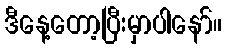
ဒီနေ့တော့ပြီးမှာပါနော်။